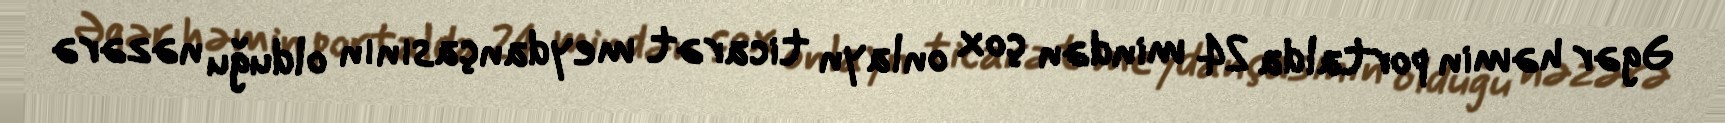
Əgər həmin portalda 24 mindən çox onlayn ticarət meydançasının olduğu nəzərə